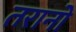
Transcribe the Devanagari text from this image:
तरानो